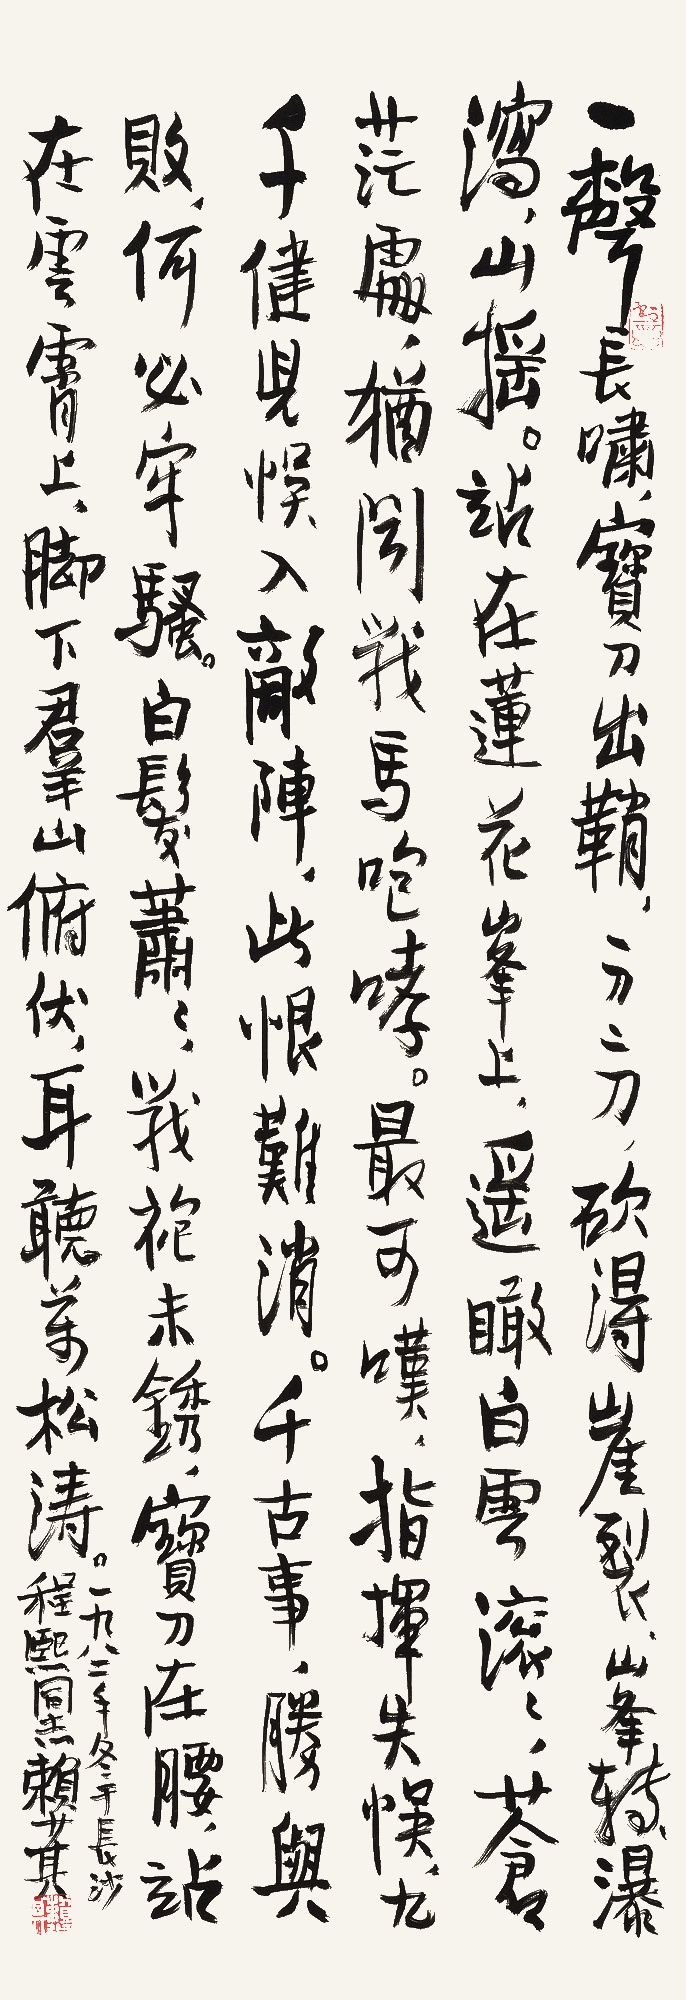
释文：一声长啸，宝刀出鞘，一刀二刀，砍得崖裂，峰转，瀑泻，山摇。站在莲花峰上，遥瞰白云滚滚，苍茫处，犹闻战马咆哮。最可叹，指挥失误，九千健儿误入敌阵，此恨难消。千古事，胜与败，何必牢骚！白发萧萧，战袍未锈，宝刀在腰，站在云雾上，脚下群山俯伏，耳听万松涛。一九八二年冬于长沙。程熙同志。赖少其。